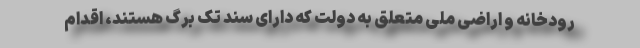
رودخانه و اراضی ملی متعلق به دولت که دارای سند تک برگ هستند، اقدام